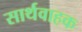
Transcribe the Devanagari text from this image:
सार्थवाहक